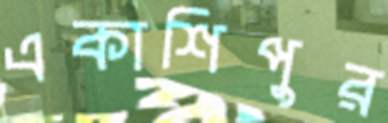
একাশিপুর